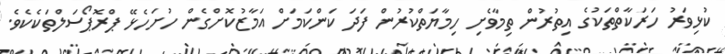
ކުޅިވަރު ހަރަކާތްތަކުގެ އިތުރުން ތިމާވެށި ހިމާޔަތްކުރުން ފަދަ ކަންކަމަށް އަމާޒުކޮށްގެން ހުށަހެޅޭ ޕްރޮޕޯސަލްތަކެކެވެ.